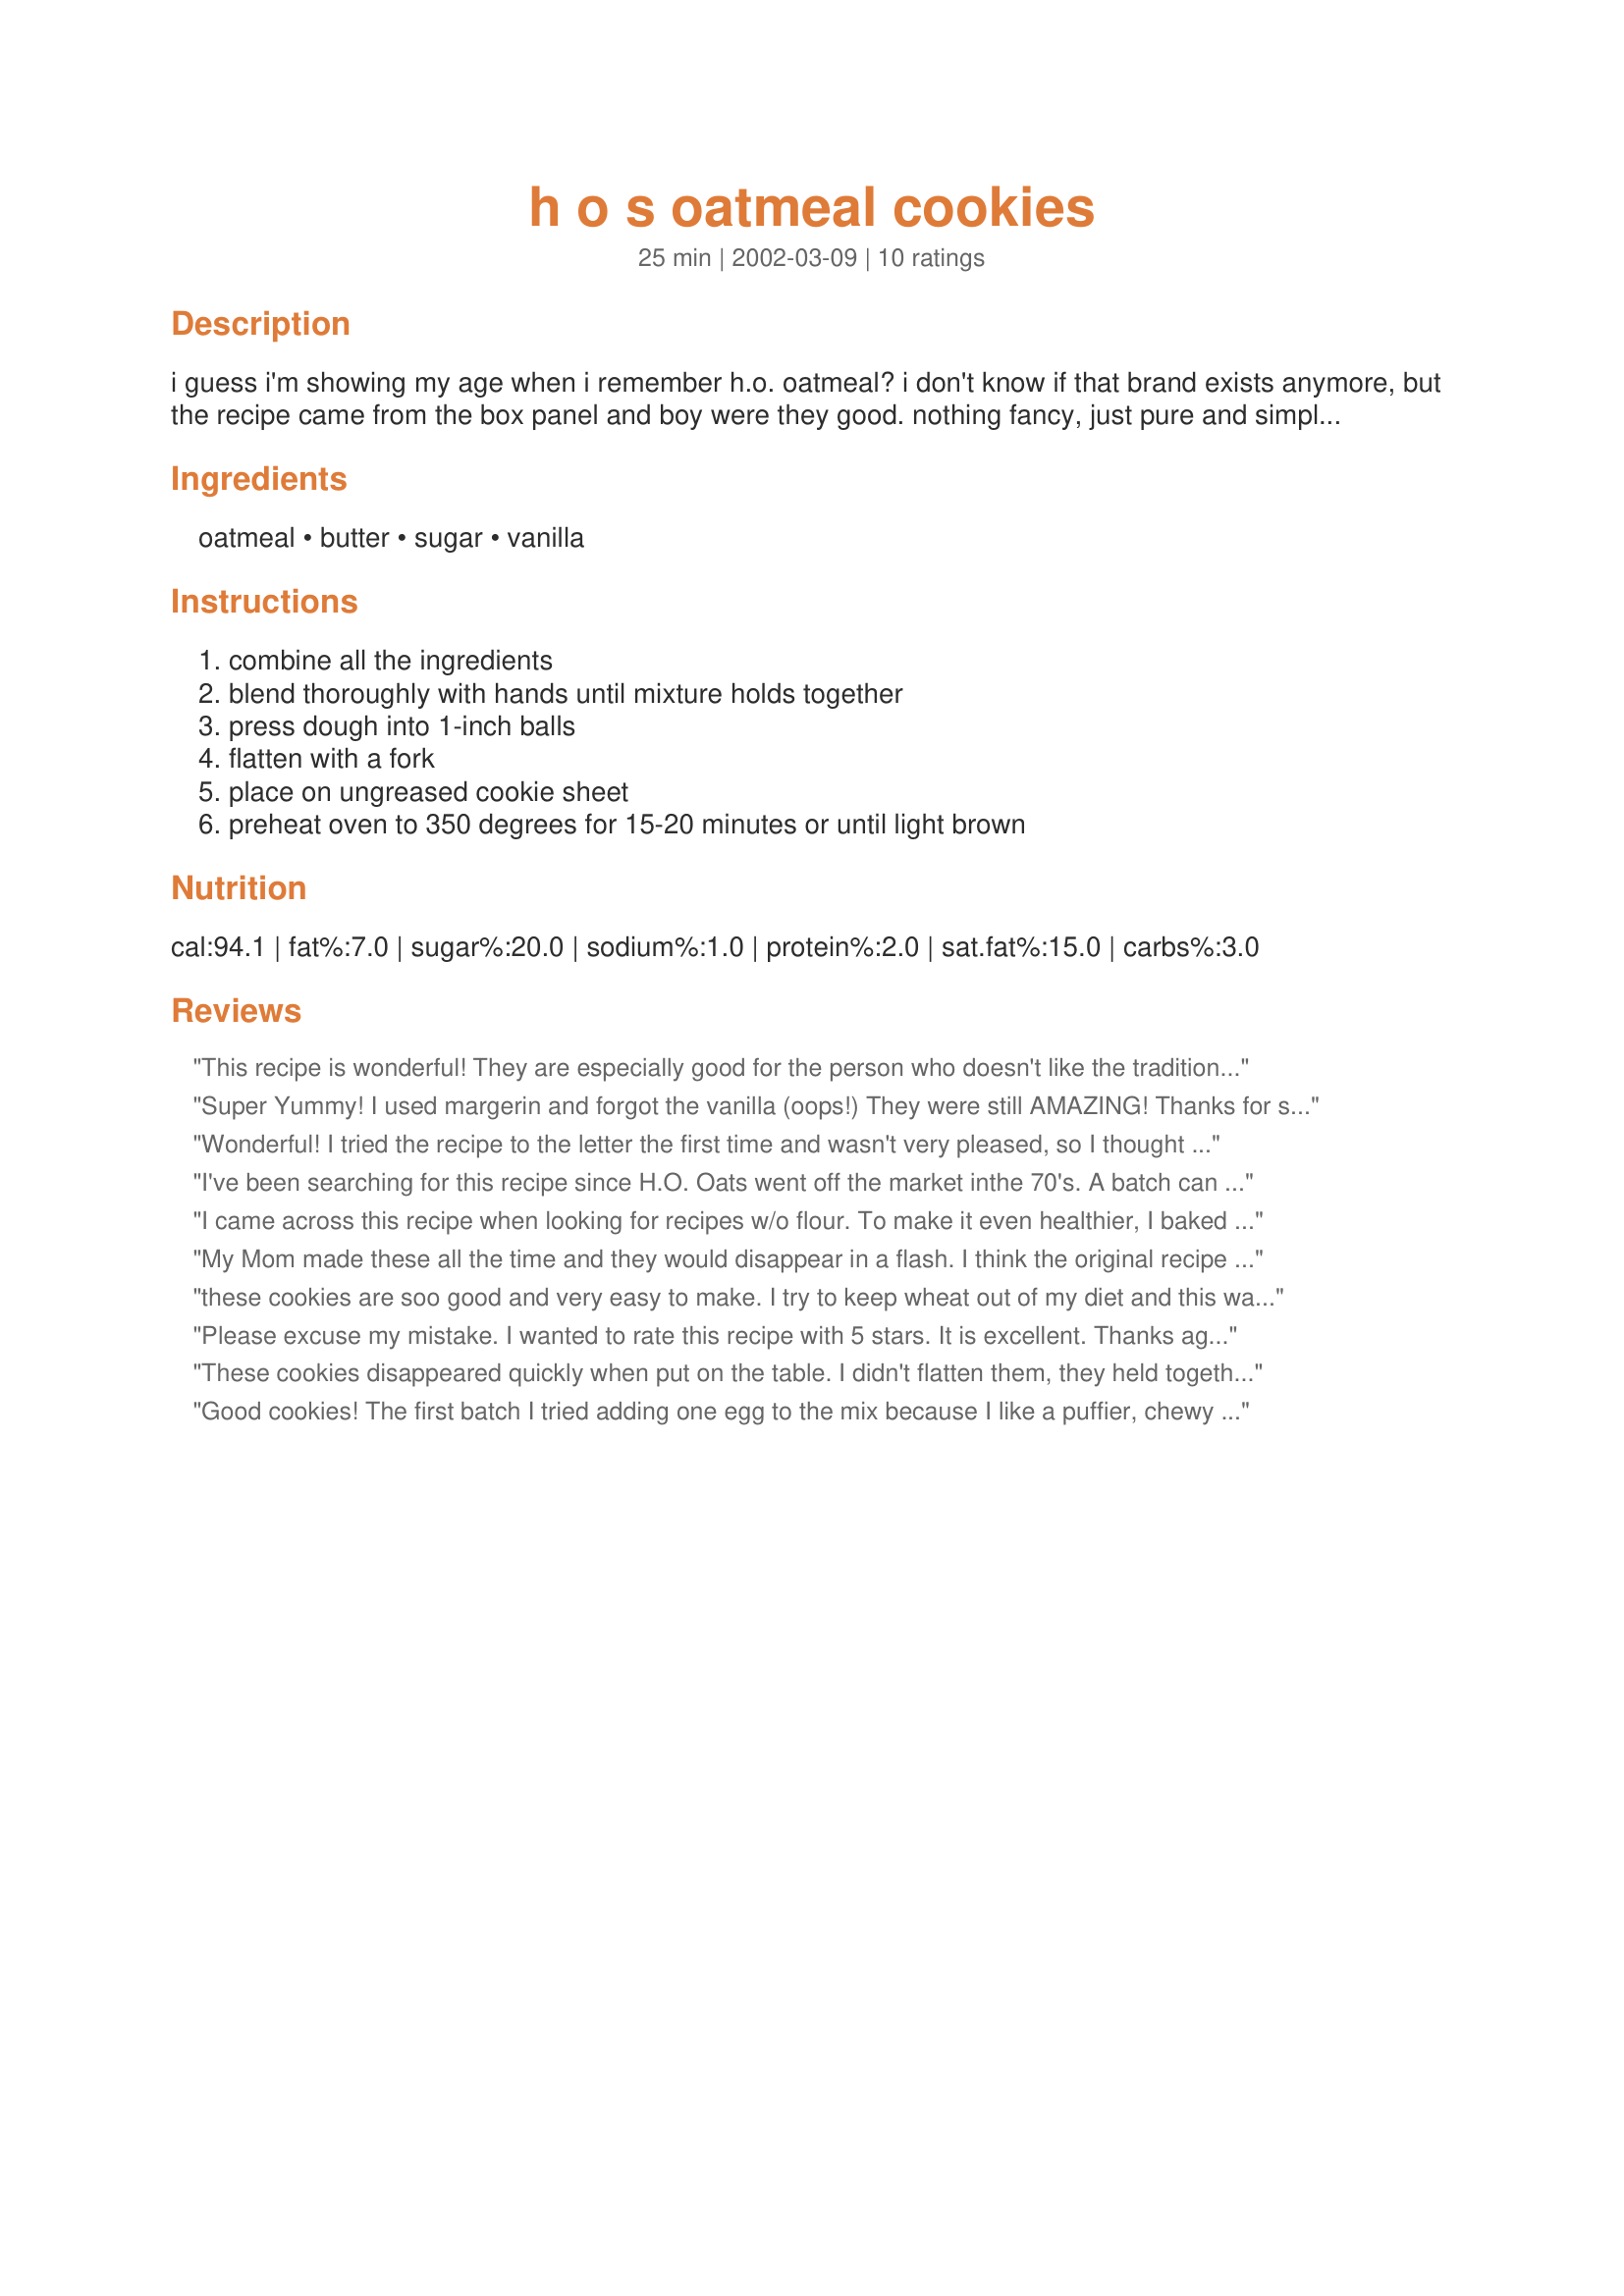
h o s oatmeal cookies
Preparation time: 25 minutes

i guess i'm showing my age when i remember h.o. oatmeal? i don't know if that brand exists anymore, but the recipe came from the box panel and boy were they good. nothing fancy, just pure and simple ingredients make these wonderful oatmeal cookies.
ho oats were
quick cook oats and that they were small and powdery in texture. maybe that's why there was no flour in the recipe??? since i use whole oats which are hard to stick together; i put my oats in the food processor and pulse a few times which breaks them down and makes a kind of flour out of them.

Ingredients:
oatmeal, butter, sugar, vanilla

Steps:
combine all the ingredients, blend thoroughly with hands until mixture holds together, press dough into 1-inch balls, flatten with a fork, place on ungreased cookie sheet, preheat oven to 350 degrees for 15-20 minutes or until light brown

Reviews:
This recipe is wonderful! They are especially good for the person who doesn't like the traditional oatmeal cookie. The are also great for making with children because nothing can go wrong. I have made these several times now, and I do sometimes add a little salt. I have also added mini chocolate chips. These are crisp and delicious and hearty at the same time!
Super Yummy! I used margerin and forgot the vanilla (oops!) They were still AMAZING! Thanks for such an AWESOME recipe!
Wonderful! I tried the recipe to the letter the first time and wasn't very pleased, so I thought I'd try them a little different:) I halved the butter and put the oats in the processor for about 30 seconds or so. (There were still large chunks along with the flour like bits) They were fantastic! I will never use another oatmel cookie recipe! Yippi!
I've been searching for this recipe since H.O. Oats went off the market inthe 70's. A batch can be eaten quicker than made. Thanks for the post.
I came across this recipe when looking for recipes w/o flour. To make it even healthier, I baked with applesauce in place of butter, and they turned out scrumptious!
My Mom made these all the time and they would disappear in a flash. I think the original recipe called for stick margarine instead of butter, probably a brand that doesn&#039;t exist anymore.... I have the original recipe somewhere....!
these cookies are soo good and very easy to make. I try to keep wheat out of my diet and this was a great treat to be able to indulge in.
Please excuse my mistake. I wanted to rate this recipe with 5 stars. It is excellent. Thanks again, Beth Crowley
These cookies disappeared quickly when put on the table. I didn't flatten them, they held together much better that way.
Good cookies! The first batch I tried adding one egg to the mix because I like a puffier, chewy cookie. All I ended up with was a puffier cookie that crumbled extremely easily. The flavor was good but the cookie was dry and turned a little slimy in the mouth. This recipe is so easy to make that I decided to try a second batch exactly as written. This is a nice, simple recipe. I prefer the flavor blends of other recipes that have more "stuff" in them (salt, egg, etc) but it's also something I can make for my wheat-intolerant mother in law and my 2 year old loved helping, especially when mixing the dough with our hands. With pure oatmeal and no flour, it's a texture I'm not accustomed to but is not unpleasant. Thank you!
